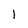
Character: 1